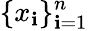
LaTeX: \{ x_{\mathbf{i}}\} _{\mathbf{i}=1}^{n}